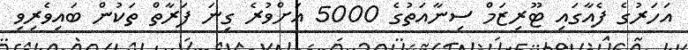
އަހަރުގެ ފެއާގައި ޓޫރިޒަމް ސިނާއަތުގެ 5000 އަށްވުރެ ގިނަ ފަރާތް ތަކުން ބައިވެރިވި